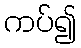
ကပ်၍